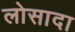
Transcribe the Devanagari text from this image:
लोसादा